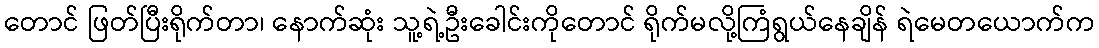
တောင် ဖြတ်ပြီးရိုက်တာ၊ နောက်ဆုံး သူ့ရဲ့ဦးခေါင်းကိုတောင် ရိုက်မလို့ကြံရွယ်နေချိန် ရဲမေတယောက်က